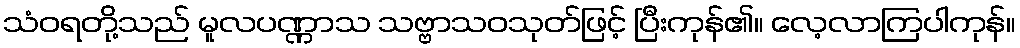
သံဝရတို့သည် မူလပဏ္ဏာသ သဗ္ဗာသဝသုတ်ဖြင့် ပြီးကုန်၏။ လေ့လာကြပါကုန်။